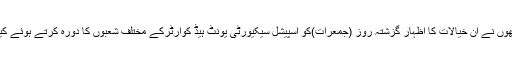
انھوں نے ان خیالات کا اظہار گزشتہ روز (جمعرات)کو اسپیشل سیکیورٹی یونٹ ہیڈ کوارٹرکے مختلف شعبوں کا دورہ کرتے ہوئے کیا۔